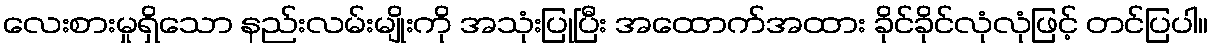
လေးစားမှုရှိသော နည်းလမ်းမျိုးကို အသုံးပြုပြီး အထောက်အထား ခိုင်ခိုင်လုံလုံဖြင့် တင်ပြပါ။